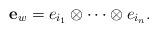
LaTeX: \begin{align*}\mathbf{e}_{w} = e_{i_{1}} \otimes \cdots \otimes e_{i_{n}}. \end{align*}